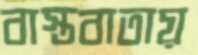
বাস্তবাতায়